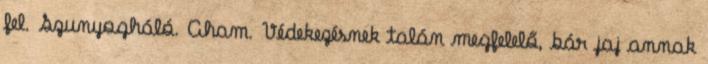
fel. Szunyogháló. Aham. Védekezésnek talán megfelelő, bár jaj annak